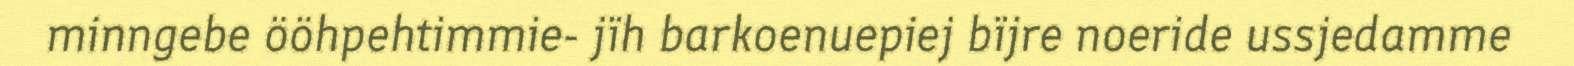
minngebe ööhpehtimmie- jïh barkoenuepiej bïjre noeride ussjedamme